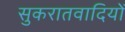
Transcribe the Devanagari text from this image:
सुकरातवादियों